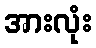
အားလုံး